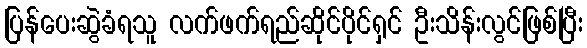
ပြန်ပေးဆွဲခံရသူ လက်ဖက်ရည်ဆိုင်ပိုင်ရှင် ဦးသိန်းလွင်ဖြစ်ပြီး